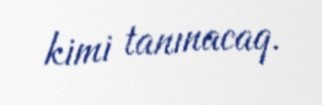
kimi tanınacaq.